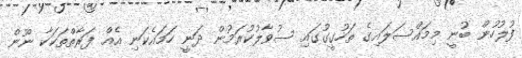
ފުލުހުން ބުނީ މިމައްސަލައިގެ ތަހުގީގުގައި ސުވާލުކުރަމުން ދަނީ ހަމައެކަނި އެއް ފަރާތްތަކަކާ ނޫން